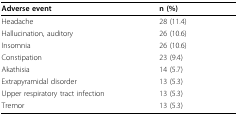
<table><thead><tr><td><b>Adverse event</b></td><td><b>n (%)</b></td></tr></thead><tbody><tr><td>Headache</td><td>28 (11.4)</td></tr><tr><td>Hallucination, auditory</td><td>26 (10.6)</td></tr><tr><td>Insomnia</td><td>26 (10.6)</td></tr><tr><td>Constipation</td><td>23 (9.4)</td></tr><tr><td>Akathisia</td><td>14 (5.7)</td></tr><tr><td>Extrapyramidal disorder</td><td>13 (5.3)</td></tr><tr><td>Upper respiratory tract infection</td><td>13 (5.3)</td></tr><tr><td>Tremor</td><td>13 (5.3)</td></tr></tbody></table>